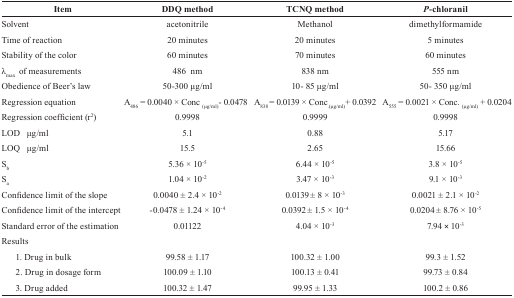
| Item | DDQ method | TCNQ method | P-chloranil |
 | --- | --- | --- | --- |
 | Solvent | acetonitrile | Methanol | dimethylformamide |
 | Time of reaction | 20 minutes | 20 minutes | 5 minutes |
 | Stability of the color | 60 minutes | 70 minutes | 60 minutes |
 | λmax of measurements | 486 nm | 838 nm | 555 nm |
 | Obedience of Beer’s law | 50-300 μg/ml | 10-85 μg/ml | 50-350 μg/ml |
 | Regression equation | A486 = 0.0040 × Conc(μg/ml) - 0.0478 | A838 = 0.0139 × Conc(μg/ml) + 0.0392 | A555 = 0.0021 × Conc(μg/ml) + 0.0204 |
 | Regression coefficient (r2) | 0.9998 | 0.9999 | 0.9998 |
 | LOD μg/ml | 5.1 | 0.88 | 5.17 |
 | LOQ μg/ml | 15.5 | 2.65 | 15.66 |
 | Sb | 5.36 × 10-5 | 6.44 × 10-5 | 3.8 × 10-5 |
 | Sa | 1.04 × 10-2 | 3.47 × 10-3 | 9.1 × 10-3 |
 | Confidence limit of the slope | 0.0040 ± 2.4 × 10-2 | 0.0139 ± 8 × 10-3 | 0.0021 ± 2.1 × 10-2 |
 | Confidence limit of the intercept | -0.0478 ± 1.24 × 10-4 | 0.0392 ± 1.5 × 10-4 | 0.0204 ± 8.76 × 10-5 |
 | Standard error of the estimation | 0.01122 | 4.04 × 10-3 | 7.94 × 10-3 |
 | Results |  |  |  |
 | 1. Drug in bulk | 99.58 ± 1.17 | 100.32 ± 1.00 | 99.3 ± 1.52 |
 | 2. Drug in dosage form | 100.09 ± 1.10 | 100.13 ± 0.41 | 99.73 ± 0.84 |
 | 3. Drug added | 100.32 ± 1.47 | 99.95 ± 1.33 | 100.2 ± 0.86 |